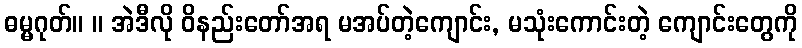
ဓမ္မဂုတ်။ ။ အဲဒီလို ဝိနည်းတော်အရ မအပ်တဲ့ကျောင်း, မသုံးကောင်းတဲ့ ကျောင်းတွေကို